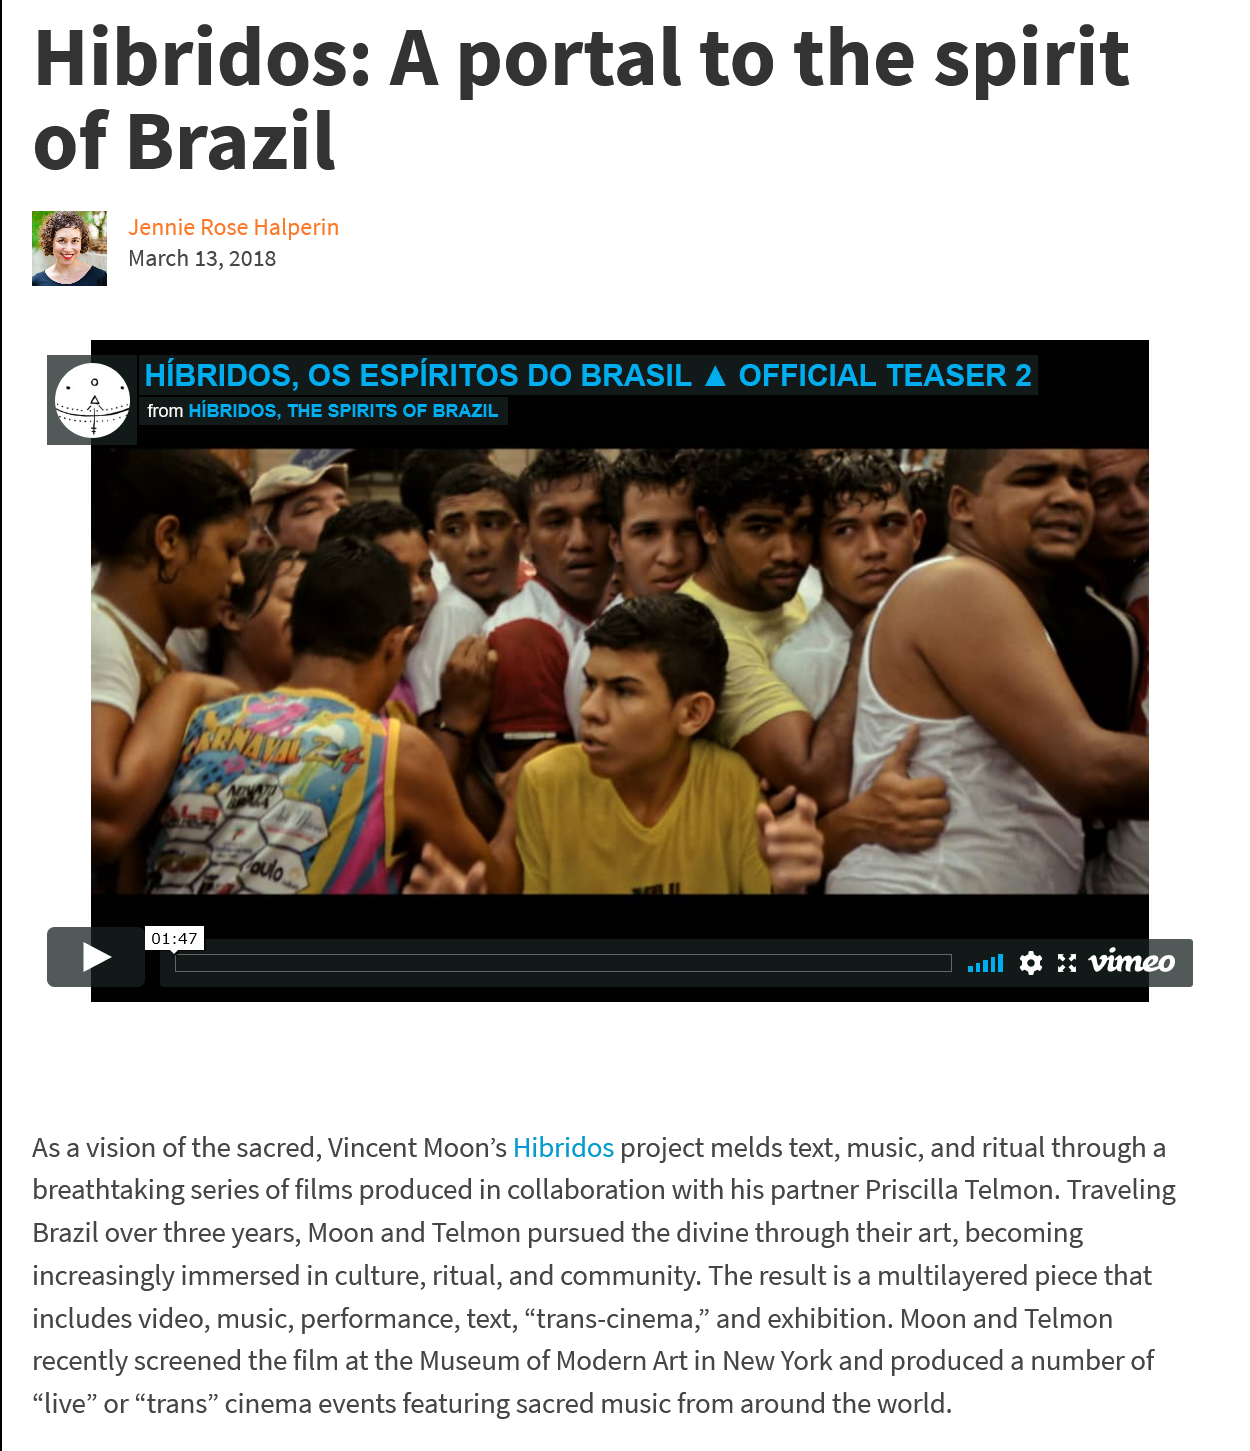
Hibridos:    A    portal    to    the   spirit
   of    Brazil
     | Jennie Rose Halperin
     March 13, 2018

     re)
     HiBRIDOS,   OS  ESPIRITOS    DO  BRASIL   A  OFFICIAL   TEASER  2
     from HiBRIDOS, THE SPIRITS OF BRAZIL
     oe
     4

     will & H vimneo
     i
   As a vision of the sacred, Vincent Moon’s Hibridos project melds text, music, and ritual through a
   breathtaking series of films produced in collaboration with his partner Priscilla Telmon. Traveling
   Brazil over three years, Moon and Telmon pursued the divine through their art, becoming
   increasingly immersed in culture, ritual, and community. The result is a multilayered piece that
   includes video, music, performance, text, “trans-cinema,” and exhibition. Moon and Telmon
   recently screened the film at the Museum of Modern Art in New York and produced a number of
   “live” or “trans” cinema events featuring sacred music from around the world.